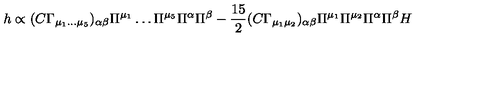
h \propto ( C \Gamma _ { \mu _ { 1 } \dots \mu _ { 5 } } ) _ { \alpha \beta } \Pi ^ { \mu _ { 1 } } \dots \Pi ^ { \mu _ { 5 } } \Pi ^ { \alpha } \Pi ^ { \beta } - \frac { 1 5 } { 2 } ( C \Gamma _ { \mu _ { 1 } \mu _ { 2 } } ) _ { \alpha \beta } \Pi ^ { \mu _ { 1 } } \Pi ^ { \mu _ { 2 } } \Pi ^ { \alpha } \Pi ^ { \beta } H